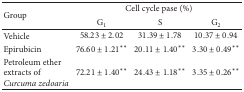
<table><thead><tr><td rowspan="2"><b>Group </b></td><td colspan="3"><b>Cell cycle pase (%)</b></td></tr><tr><td><b>G<sub>1</sub></b></td><td><b>S</b></td><td><b>G<sub>2</sub></b></td></tr></thead><tbody><tr><td>Vehicle</td><td>58.23 ± 2.02</td><td>31.39 ± 1.78</td><td>10.37 ± 0.94</td></tr><tr><td>Epirubicin</td><td>76.60 ± 1.21**</td><td>20.11 ± 1.40**</td><td>3.30 ± 0.49**</td></tr><tr><td>Petroleum ether extracts of <i>Curcuma zedoaria </i></td><td>72.21 ± 1.40**</td><td>24.43 ± 1.18**</td><td>3.35 ± 0.26**</td></tr></tbody></table>